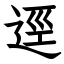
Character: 逕